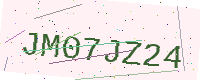
Text: JM07JZ24